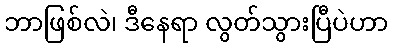
ဘာဖြစ်လဲ၊ ဒီနေရာ လွတ်သွားပြီပဲဟာ